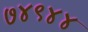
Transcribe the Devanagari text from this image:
७४९४४